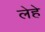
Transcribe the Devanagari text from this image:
लेहे